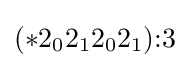
(*2_{0}2_{1}2_{0}2_{1}){:}3